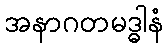
အနာဂတမဒ္ဓါနံ